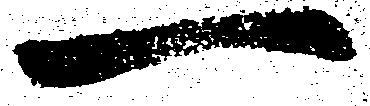
一